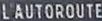
L'AUTOROUTE